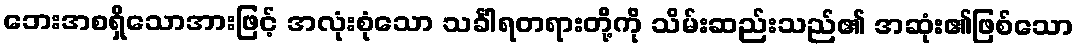
ဘေးအစရှိသောအားဖြင့် အလုံးစုံသော သင်္ခါရတရားတို့ကို သိမ်းဆည်းသည်၏ အဆုံး၏ဖြစ်သော